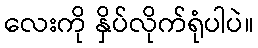
လေးကို နှိပ်လိုက်ရုံပါပဲ။